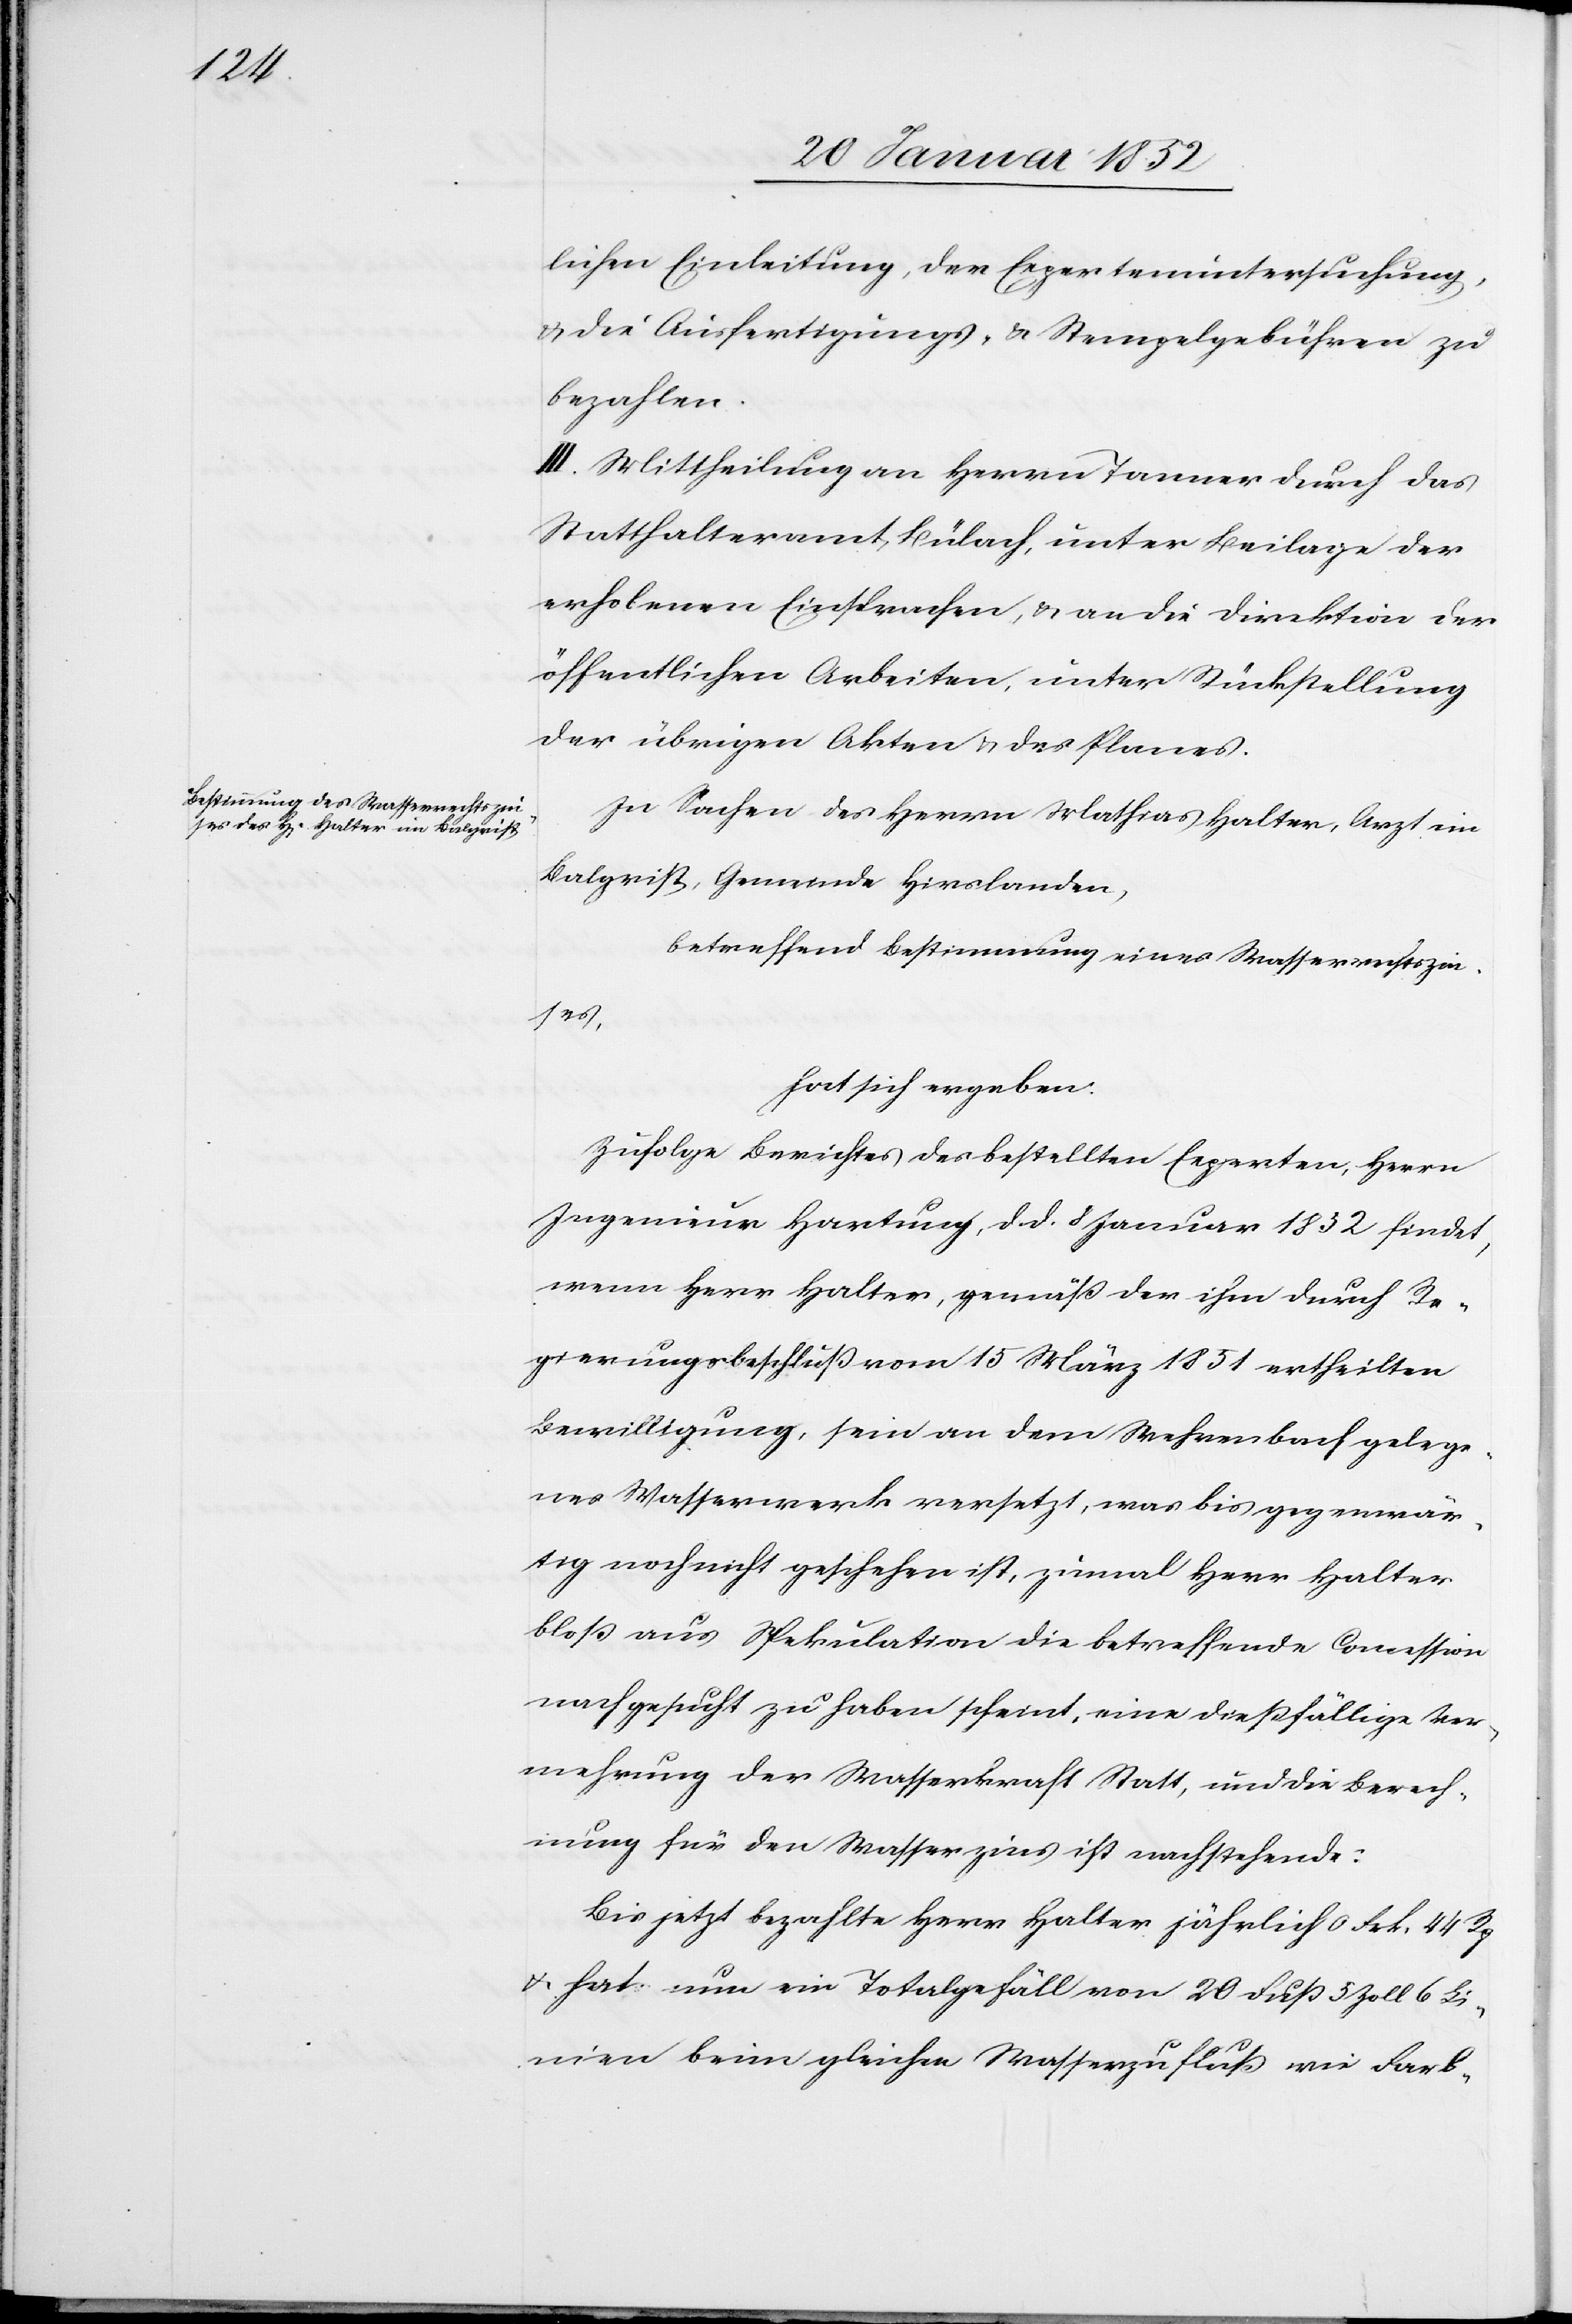
lichen Einleitung, der Expertenuntersuchung,
u. die Ausfertigungs- u. Stempelgebühren zu
bezahlen.
III. Mittheilung an Herrn Tanner durch das
Statthalteramt Bülach, unter Beilage der
erhobenen Einsprachen, u. an die Direktion der
öffentlichen Arbeiten, unter Rückstellung
der übrigen Akten u. des Planes.
In Sachen des Herrn Mathias Halter, Arzt im
Balgrist, Gemeinde Hirslanden,
betreffend Bestimmung eines Wasserzinses,
hat sich ergeben.
Zufolge Berichtes des bestellten Experten, Herrn
Ingenieur Hartung, d. d. 8 Januar 1832 findet,
wenn Herr Halter, gemäß der ihm durch Re¬
gierungsbeschluß vom 15 März 1851 ertheilten
Bewilligung, sein an dem Wehrenbach gelege¬
nes Wasserwerk versetzt, was bis gegenwär¬
tig noch nicht geschehen ist, zumal Herr Halter
bloß aus Spekulation die betreffende Concession
nachgesucht zu haben scheint, eine dießfällige Ver¬
mehrung der Wasserkraft Statt, und die Berech¬
nung für den Wasserzins ist nachstehende:
Bis jetzt bezahlte Herr Halter jährlich 0 Frk. 44 Rp
u. hat nun ein Totalgefäll von 20 Fuß 5 Zoll 6 Li¬
nien beim gleichen Wasserzufluß wie Farb-